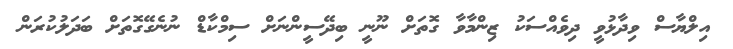
އިލްޔާސް ވިދާޅުވީ ދިވެއްސަކު ޒިންމާވާ ގޮތަށް ނޫނީ ބިދޭސީންނަށް ސިމްކާޑް ނުނެގޭގޮތަށް ބަދަލުކުރަން